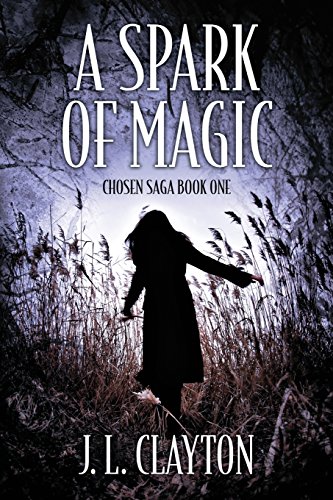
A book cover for A Spark of Magic: Chosen Saga Book One; J. L. Clayton; Science Fiction & Fantasy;